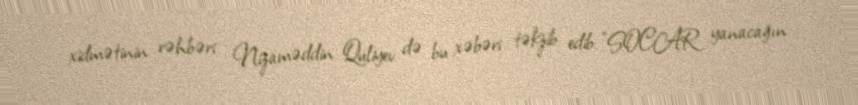
xidmətinin rəhbəri Nizaməddin Quliyev də bu xəbəri təkzib edib: "SOCAR yanacağın